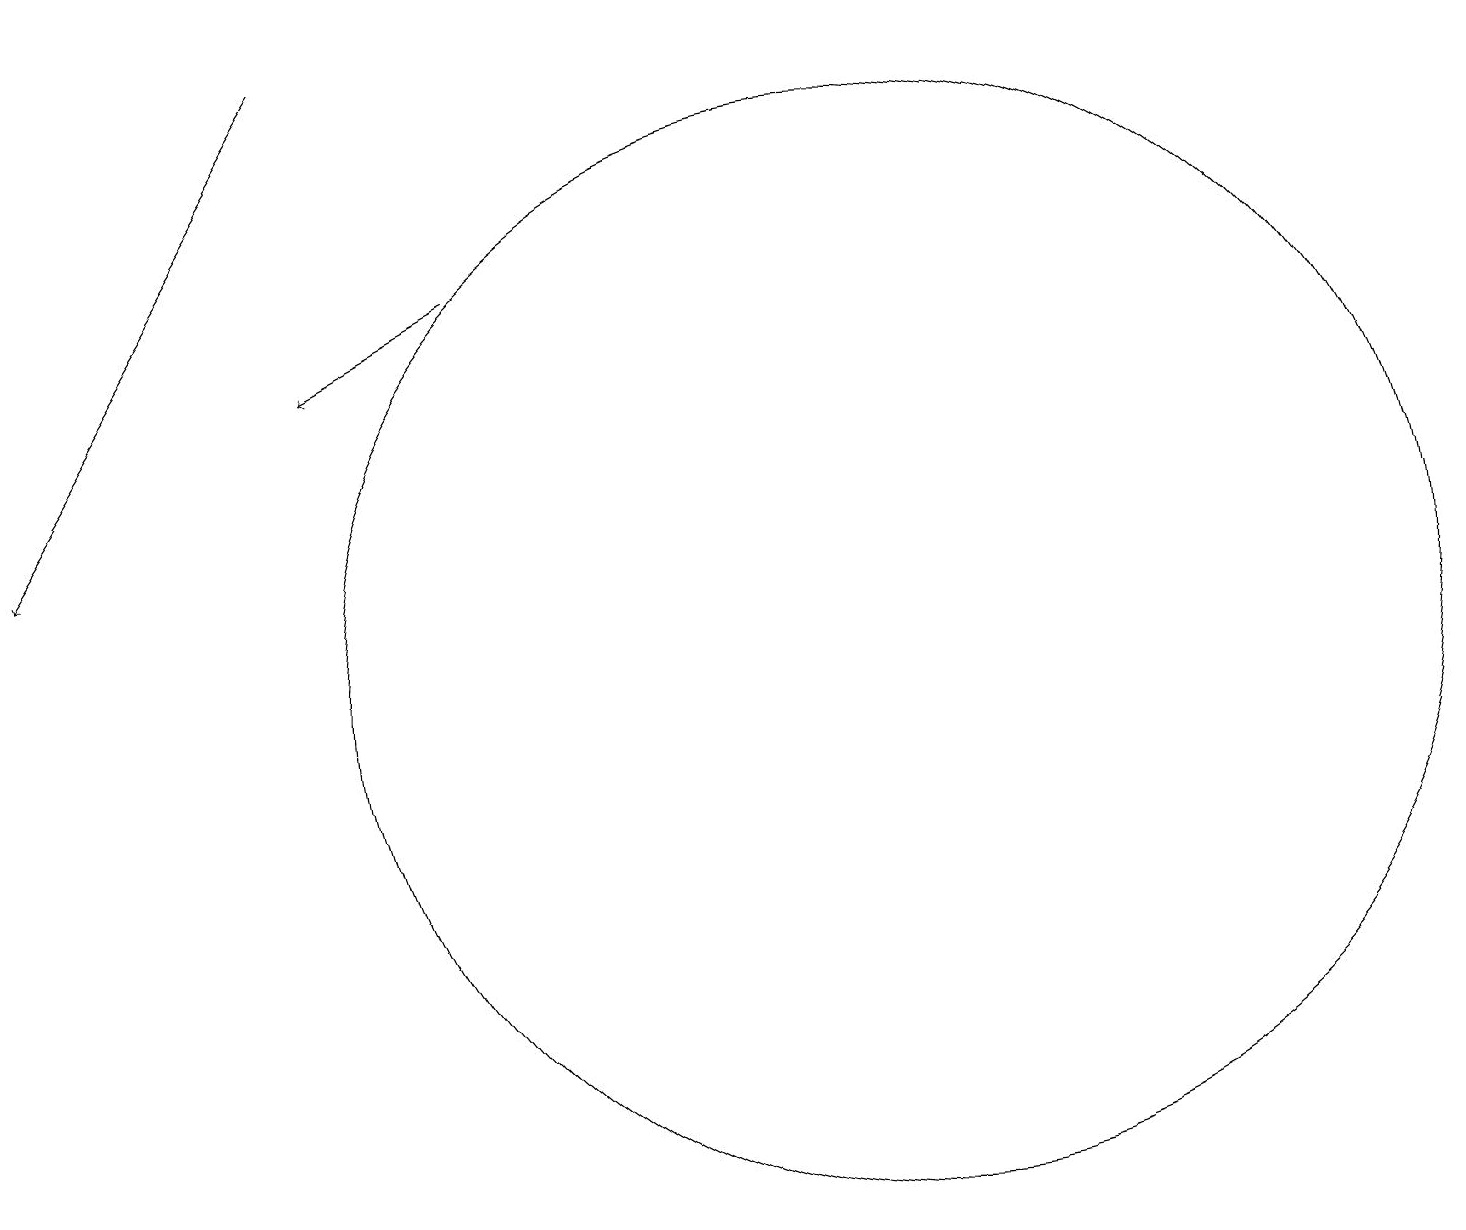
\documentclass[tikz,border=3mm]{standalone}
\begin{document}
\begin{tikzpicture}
\draw (11,10) circle (7);
\draw[->] (4,18) -- (0,12);
\draw[->] (6,15) -- (4,14);
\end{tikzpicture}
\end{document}